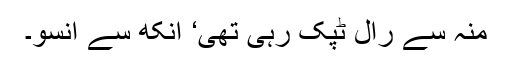
منہ سے رال ٹپک رہی تھی‘ آنکھ سے آنسو۔